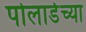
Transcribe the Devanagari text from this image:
पोलार्डच्या